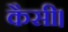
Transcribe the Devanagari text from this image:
कैसी।